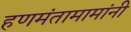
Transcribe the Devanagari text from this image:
हणमंतामामांनी